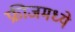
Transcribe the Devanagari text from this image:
फ्रीजमध्ये